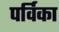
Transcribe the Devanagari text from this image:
पर्विका